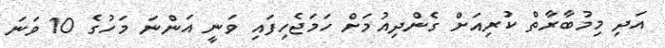
އަދި މިމުބާރާތް ކުރިއަށް ގެންދިއުމަށް ހަމަޖެހިފައި ވަނީ އަންނަ މަހުގެ 10 ވަނަ